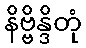
နိဗ္ဗိန္ဒိတုံ